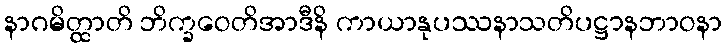
နာဂမိတ္ထာတိ ဘိက္ခဝေတိအာဒီနိ ကာယာနုပဿနာသတိပဋ္ဌာနဘာဝနာ